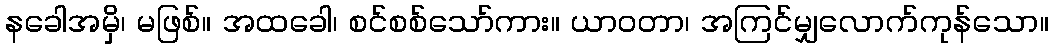
နခေါအမှိ၊ မဖြစ်။ အထခေါ၊ စင်စစ်သော်ကား။ ယာဝတာ၊ အကြင်မျှလောက်ကုန်သော။